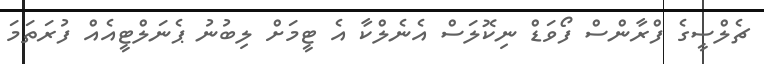
ޗެލްސީގެ ފްރާންސް ފޯވަޑް ނިކޮލަސް އެނެލްކާ އެ ޓީމަށް ލިބުނު ޕެނަލްޓީއެއް ފުރަތަމަ